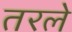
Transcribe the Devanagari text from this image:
तरले